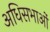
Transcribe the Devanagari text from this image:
अधिसभाओं